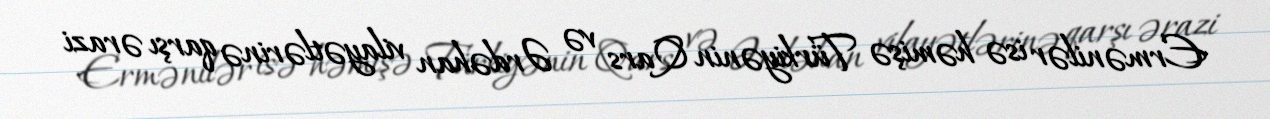
Ermənilər isə həmişə Türkiyənin Qars və Ərdəhan vilayətlərinə qarşı ərazi